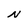
Character: N